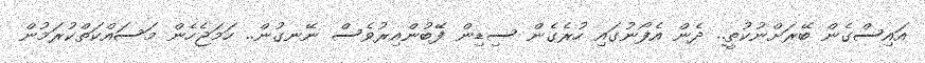
އައިސްގެން ބޭރަށްނުކުތީ.. ދެން އެފޯނުގައި ހުރެގެން ސިޑިން ފޭބުންއިރުވެސް ނޭނގުން.. ހަމަޖެހެން މަސައްކަތްކުރަމުން